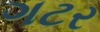
ગટર